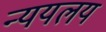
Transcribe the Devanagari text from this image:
न्ययलय